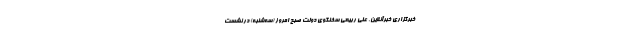
خبرگزاری خبرآنلاین، علی ربیعی سخنگوی دولت صبح امروز (سه‌شنبه) در نشست